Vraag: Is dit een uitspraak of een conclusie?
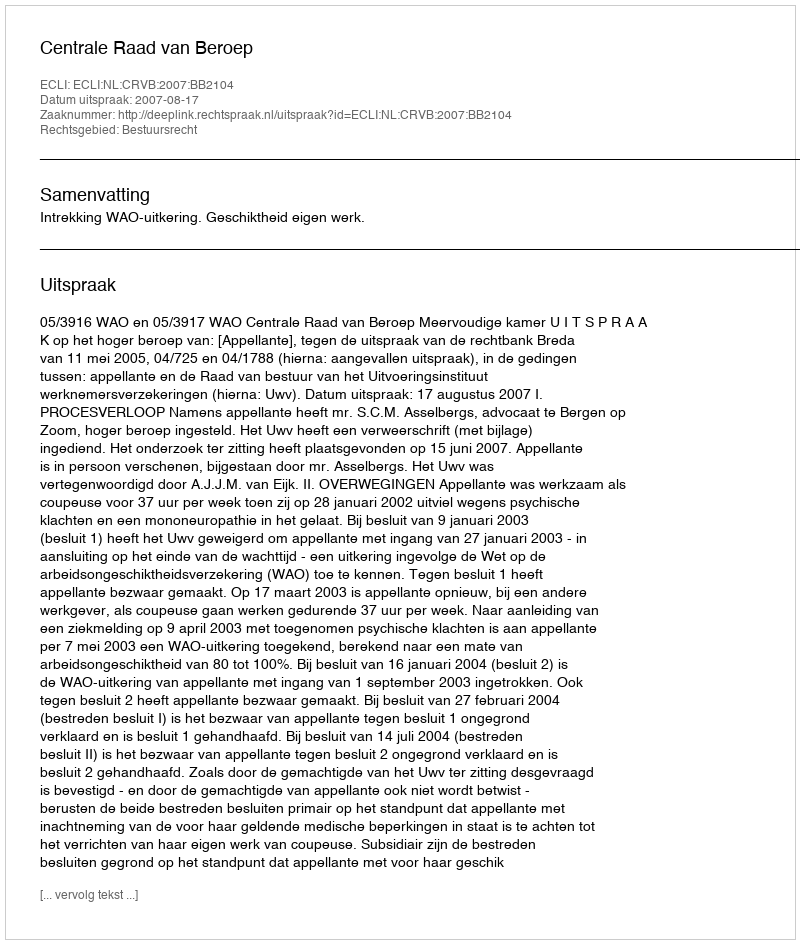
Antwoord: Uitspraak